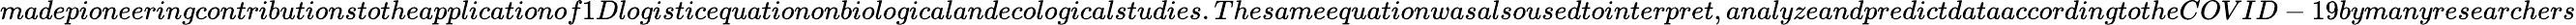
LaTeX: madepioneeringcontributionstotheapplicationof1Dlogisticequationonbiologicalandecologicalstudies.Thesameequationwasalsousedtointerpret,analyzeandpredictdataaccordingtotheCOVID-19bymanyresearchers